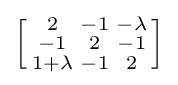
\left[{\begin{smallmatrix}2&-1&-\lambda \\-1&2&-1\\1+\lambda &-1&2\end{smallmatrix}}\right]